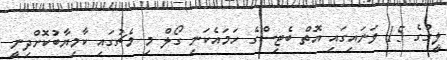
ލީގުގެ 15 ވަނައިގައި އޮތް ބެޓިސްގެ ހަމައެކަނި ގޯލް މި މެޗުގައި ކާމިޔާބުކޮށްދިނީ